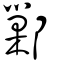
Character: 鄛